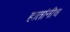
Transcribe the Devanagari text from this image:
हातांनीच